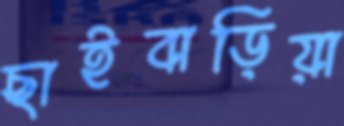
ছাইবাড়িয়া